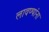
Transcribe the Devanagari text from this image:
लावण्यांना